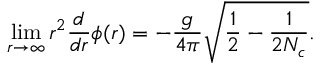
\operatorname * { l i m } _ { r \to \infty } r ^ { 2 } \frac { d } { d r } \phi ( r ) = - \frac { g } { 4 \pi } \sqrt { \frac { 1 } { 2 } - \frac { 1 } { 2 N _ { c } } } .